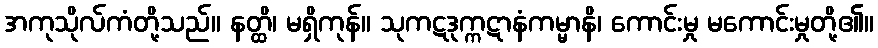
အကုသိုလ်ကံတို့သည်။ နတ္ထိ၊ မရှိကုန်။ သုကဋဒုက္ကဋာနံကမ္မာနိ၊ ကောင်းမှု မကောင်းမှုတို့၏။